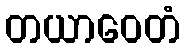
တယာဝေတံ